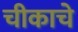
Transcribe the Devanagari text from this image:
चीकाचे